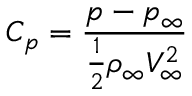
C _ { p } = { \frac { p - p _ { \infty } } { { \frac { 1 } { 2 } } \rho _ { \infty } V _ { \infty } ^ { 2 } } }